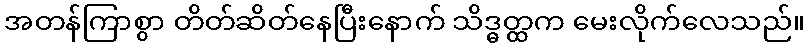
အတန်ကြာစွာ တိတ်ဆိတ်နေပြီးနောက် သိဒ္ဓတ္ထက မေးလိုက်လေသည်။